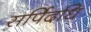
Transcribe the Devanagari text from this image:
सर्पिदधि